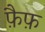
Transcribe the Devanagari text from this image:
फ़ैफ़